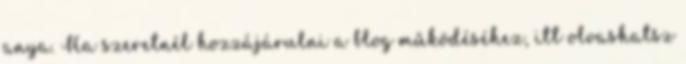
anya. Ha szeretnél hozzájárulni a blog működéséhez, itt olvashatsz